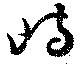
峙